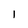
Character: 1